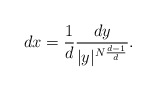
\begin{align*}dx=\frac{1}{d}\frac{dy}{|y|^{N\frac{d-1}{d}}}. \end{align*}